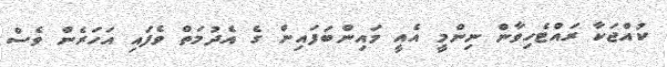
ކުއްޖަކާ ރައްޓެހިވާން ނިންމީ އެއީ މައިންބަފައިން ގެ އެދުމަތް ވެފައި އަހަރެން ވެސް